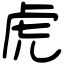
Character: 虎